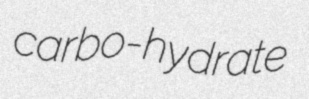
carbo-hydrate